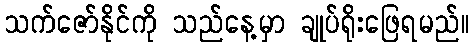
သက်ဇော်နိုင်ကို သည်နေ့မှာ ချုပ်ရိုးဖြေရမည်။